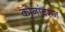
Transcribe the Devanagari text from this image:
कोनांवरून